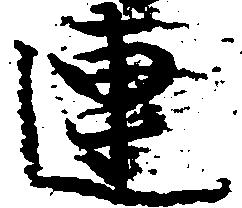
連